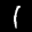
Label: 1